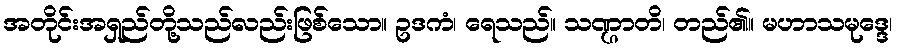
အတိုင်းအရှည်တို့သည်လည်းဖြစ်သော။ ဥဒကံ၊ ရေသည်။ သဏ္ဌာတိ၊ တည်၏။ မဟာသမုဒ္ဒေ၊